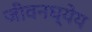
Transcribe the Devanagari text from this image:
जीवनध्येय